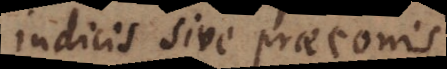
indicis sive praeconis